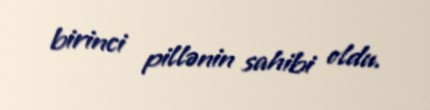
birinci pillənin sahibi oldu.